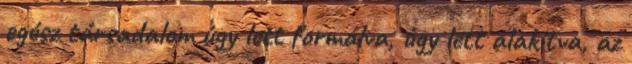
egész társadalom úgy lett formálva, úgy lett alakítva, az